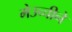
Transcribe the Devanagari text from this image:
मेउच्चीने